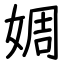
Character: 婤